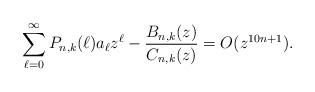
LaTeX: \begin{align*}\sum_{\ell=0}^{\infty} P_{n,k}(\ell)a_{\ell}z^{\ell}-\frac{B_{n,k}(z)}{C_{n,k}(z)}=O(z^{10n+1}).\end{align*}